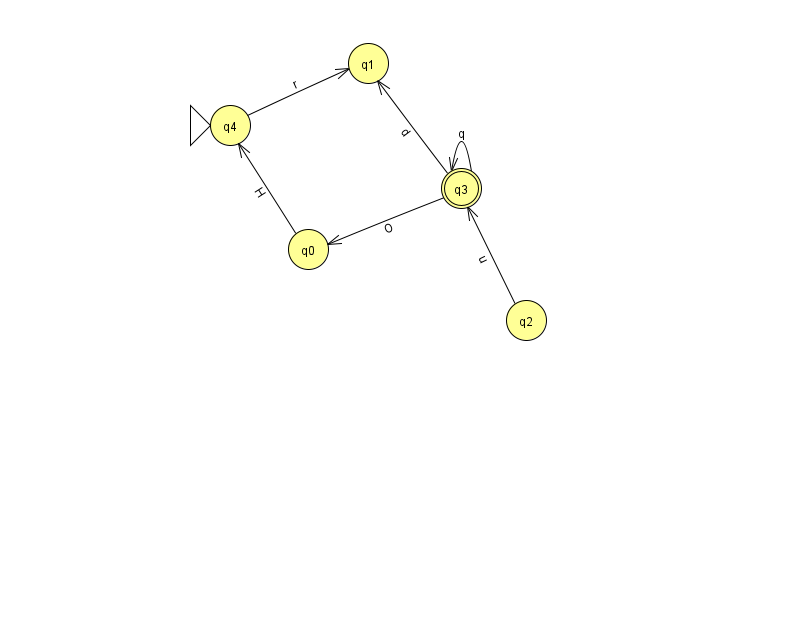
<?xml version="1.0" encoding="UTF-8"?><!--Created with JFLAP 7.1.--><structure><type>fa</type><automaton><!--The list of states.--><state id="0" name="q0"><x>308.0</x><y>236.0</y></state><state id="1" name="q1"><x>368.0</x><y>50.0</y></state><state id="2" name="q2"><x>526.0</x><y>307.0</y></state><state id="3" name="q3"><x>461.0</x><y>175.0</y><final/></state><state id="4" name="q4"><x>230.0</x><y>112.0</y><initial/></state><!--The list of transitions.--><transition><from>3</from><to>0</to><read>O</read></transition><transition><from>3</from><to>3</to><read>q</read></transition><transition><from>2</from><to>3</to><read>u</read></transition><transition><from>4</from><to>1</to><read>r</read></transition><transition><from>0</from><to>4</to><read>H</read></transition><transition><from>3</from><to>1</to><read>d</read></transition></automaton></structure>